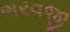
ભરવજી